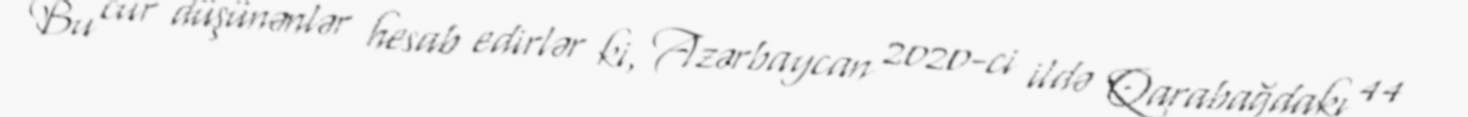
Bu cür düşünənlər hesab edirlər ki, Azərbaycan 2020-ci ildə Qarabağdakı 44